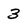
Character: 3